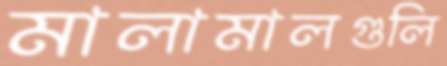
মালামালগুলি